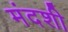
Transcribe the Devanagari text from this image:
मंदशी